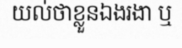
យល់ថាខ្លួនឯងរងា ឬ